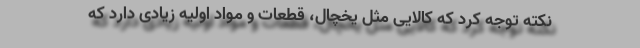
نکته توجه کرد که کالایی مثل یخچال، قطعات و مواد اولیه زیادی دارد که